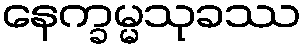
နေက္ခမ္မသုခဿ